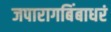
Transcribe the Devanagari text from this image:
जपारागबिंबाधरं